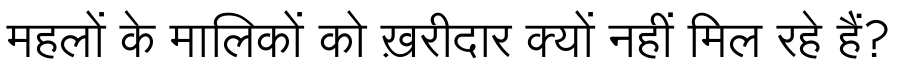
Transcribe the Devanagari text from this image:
महलों के मालिकों को ख़रीदार क्यों नहीं मिल रहे हैं?